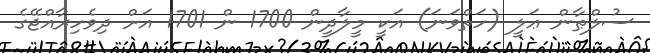
ސުލްޠާން ޢަލީ (ހަތްވަނަ) އަކީ މީލާދީން 1700 ން 1701 އަށް ދިވެހިރާއްޖޭގެ